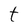
Character: t